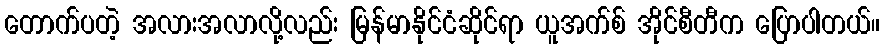
တောက်ပတဲ့ အလားအလာလို့လည်း မြန်မာနိုင်ငံဆိုင်ရာ ယူအက်စ် အိုင်စီတီက ပြောပါတယ်။